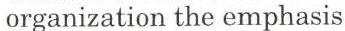
organization the emphasis